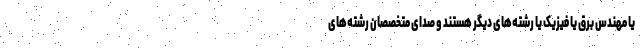
یا مهندس برق یا فیزیک یا رشته‌های دیگر هستند و صدای متخصصان رشته‌های